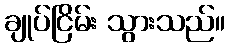
ချုပ်ငြိမ်း သွားသည်။